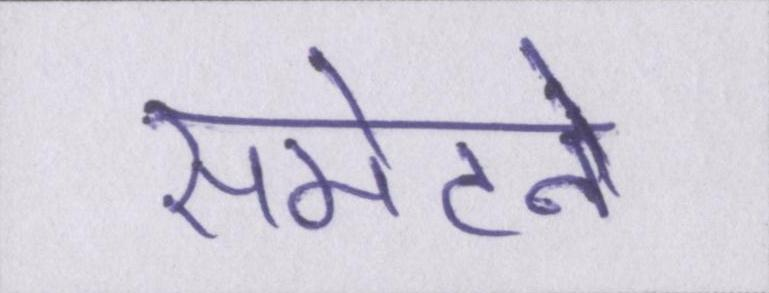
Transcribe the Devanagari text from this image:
समेटने